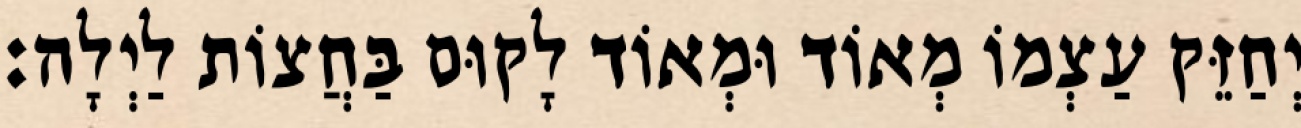
יְחַזֵּק עַצְמוֹ מְאוֹד וּמְאוֹד לָקוּם בַּחֲצוֹת לַיְלָה: